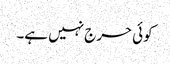
کوئی حرج نہیں ہے۔